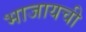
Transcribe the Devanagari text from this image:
भाजायची